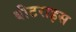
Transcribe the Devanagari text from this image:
बीटराइस